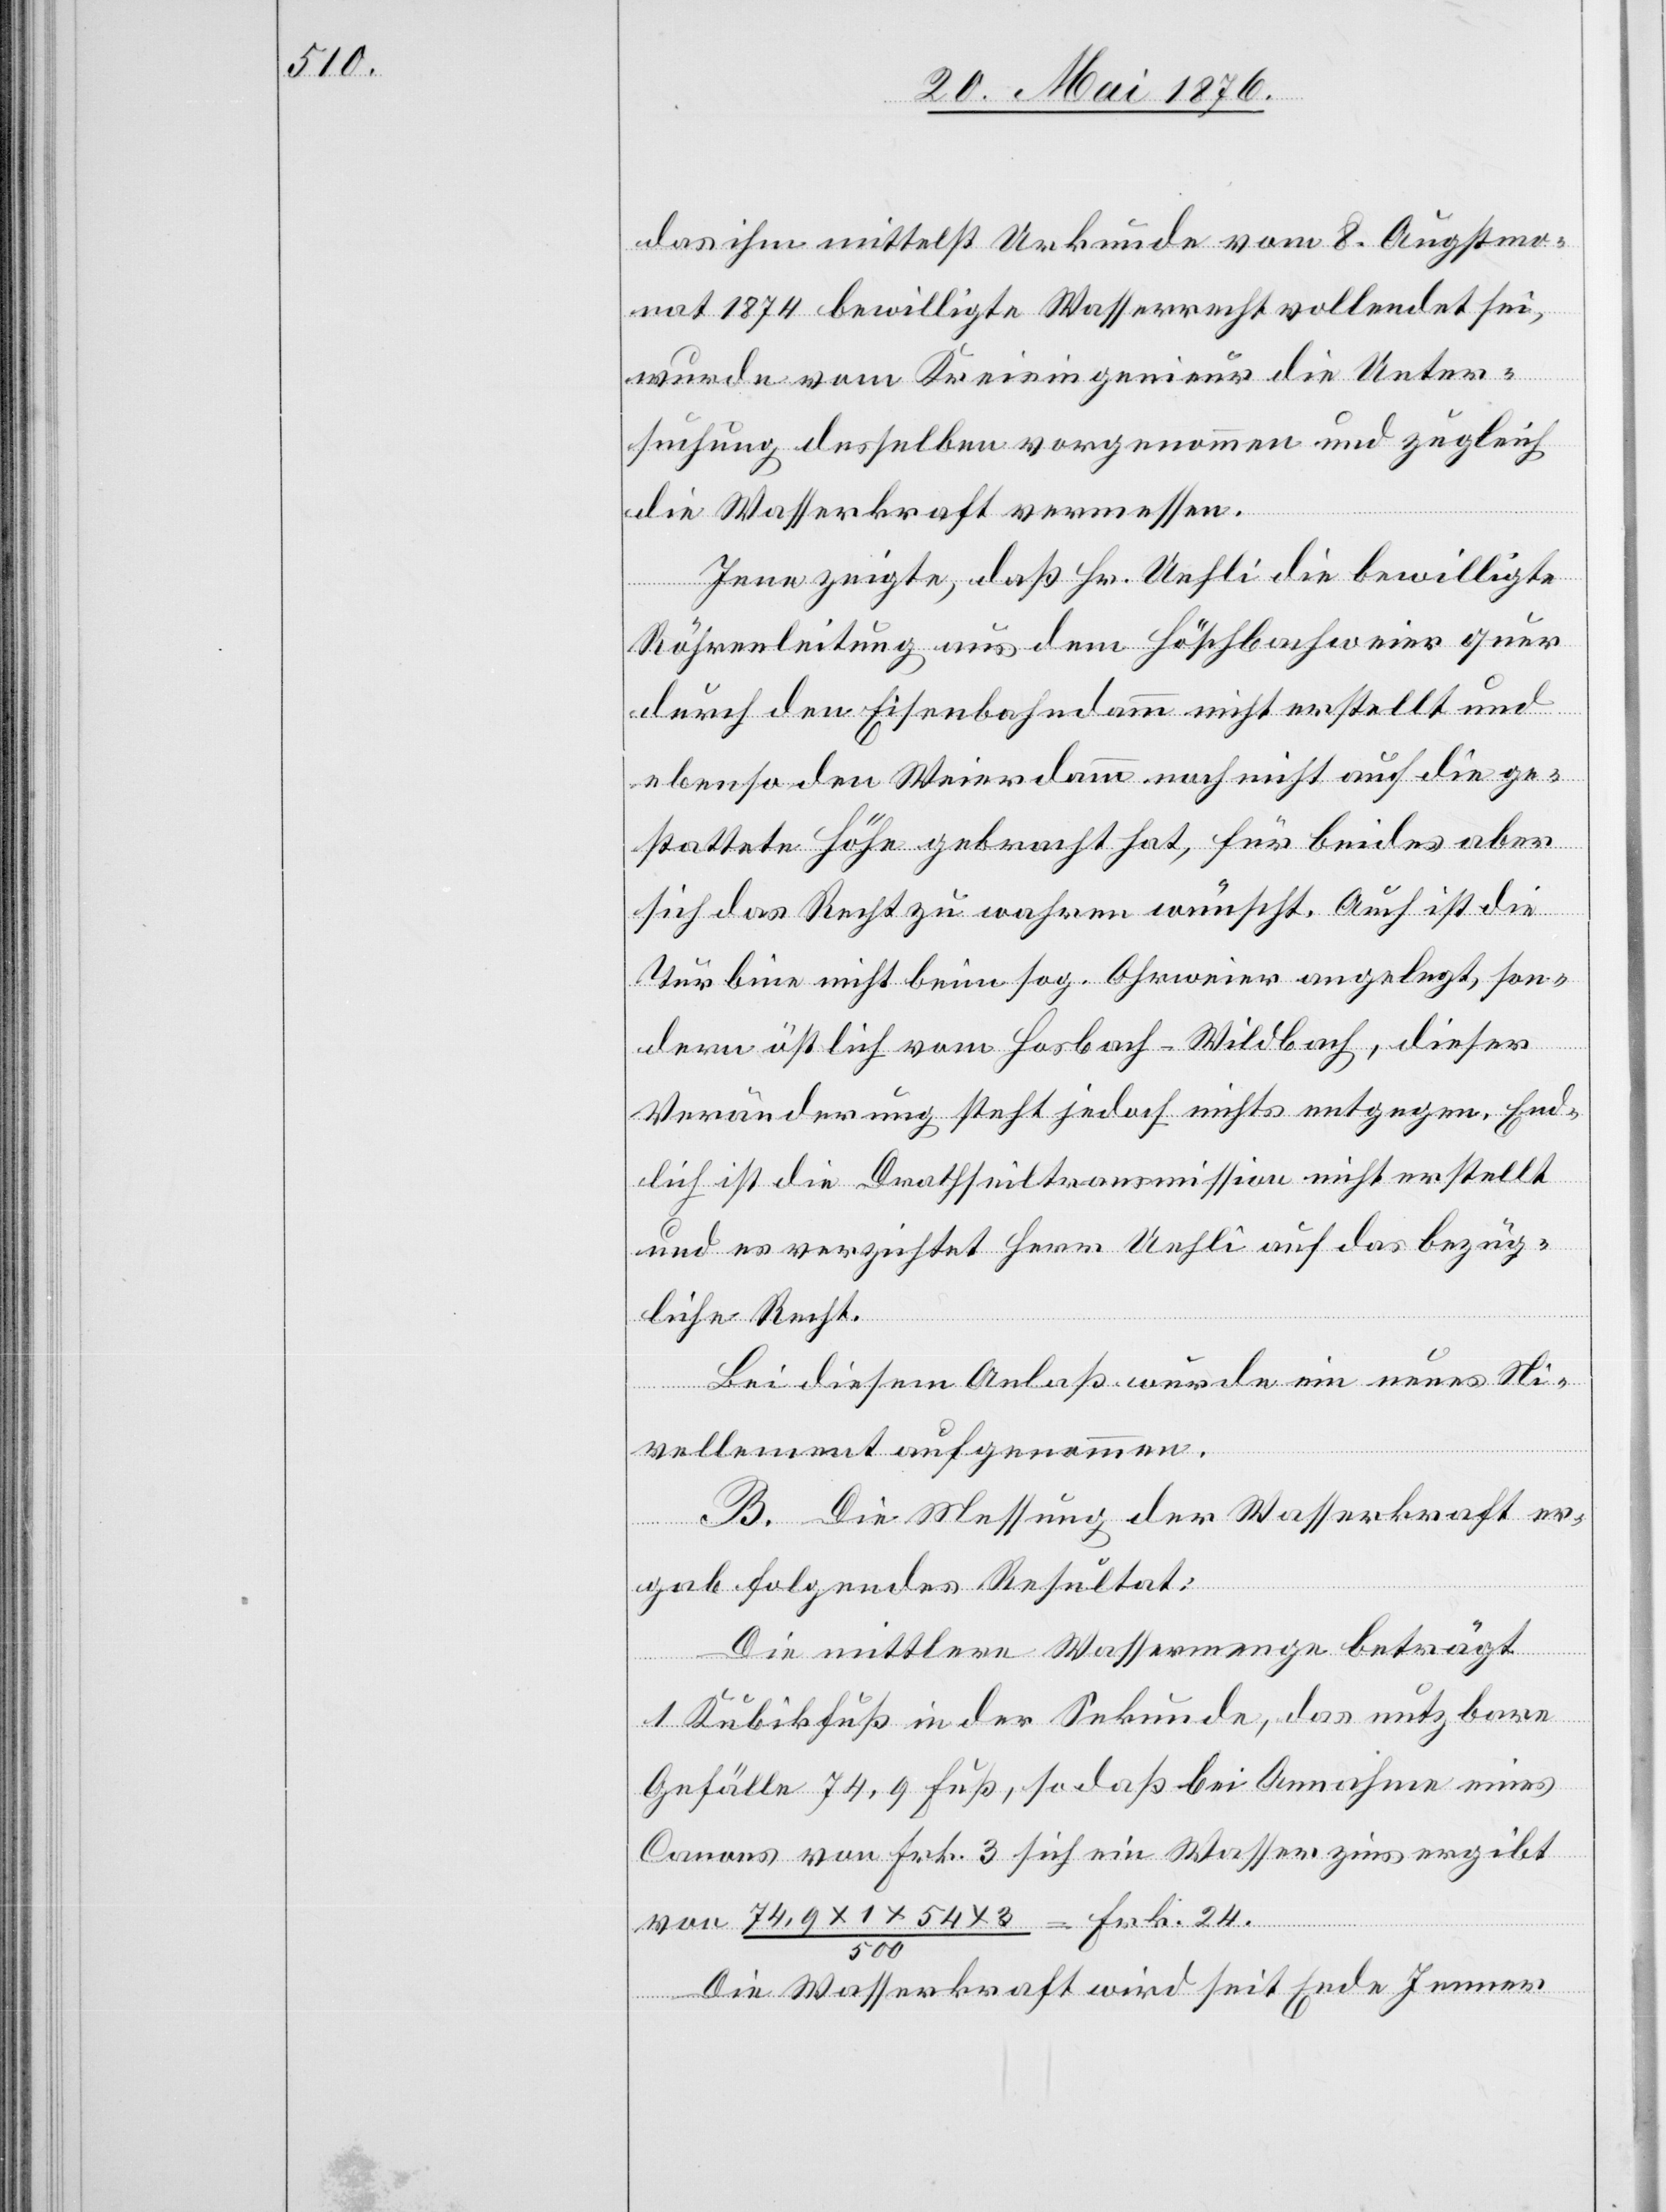
das ihm mittelst Urkunde vom 8. Augustmo¬
nat 1874 bewilligte Wasserrecht vollendet sei,
wurde vom Kreisingenieur die Unter¬
suchung desselben vorgenommen und zugleich
die Wasserkraft vermessen.
Jene zeigte, daß Hr. Uehli die bewilligte
Röhrenleitung aus dem Höschbachweier quer
durch den Eisenbahndamm nicht erstellt und
ebenso den Weierdamm noch nicht auf die ge¬
stattete Höhe gebracht hat, für beides aber
sich das Recht zu wahren wünscht. Auch ist die
Turbine nicht beim sog. Ohrweier angelegt, son¬
dern östlich vom Hosbach-Wildbach, dieser
Veränderung steht jedoch nichts entgegen. End¬
lich ist die Drathseiltransmission nicht erstellt
und es verzichtet Herr Uehli auf das bezüg¬
liche Recht.
Bei diesem Anlaß wurde ein neues Ni¬
vellement aufgenommen.
B. Die Messung der Wasserkraft er¬
gab folgendes Resultat:
Die mittlere Wassermenge beträgt
1 Kubikfuß in der Sekunde, das nutzbare
Gefälle 74,9 Fuß, so daß bei Annahme eines
Canons von Frk. 3 sich ein Wasserzins ergibt
von 74,9 x 1 x 54 x 3/500 = Frk. 24.
Die Wasserkraft wird seit Ende Jenner